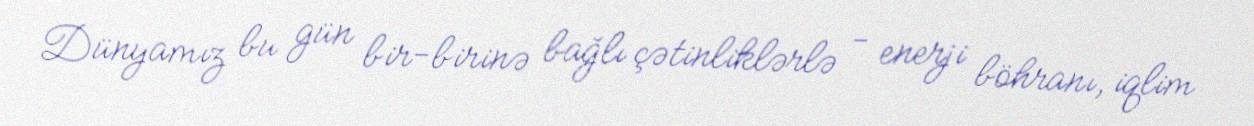
Dünyamız bu gün bir-birinə bağlı çətinliklərlə - enerji böhranı, iqlim